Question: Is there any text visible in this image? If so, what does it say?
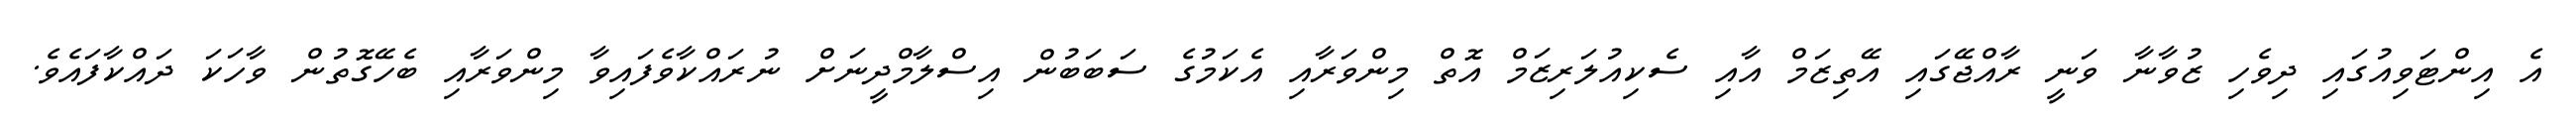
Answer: އެ އިންޓަވިއުގައި ދިވެހި ޒުވާނާ ވަނީ ރާއްޖޭގައި އޭތިޒަމް އާއި ސެކިއުލަރިޒަމް އޮތް މިންވަރާއި އެކަމުގެ ސަބަބުން އިސްލާމްދީނަށް ނުރައްކާވެފައިވާ މިންވަރާއި ބެހޭގޮތުން ވާހަކަ ދައްކާފައެވެ.